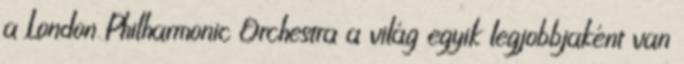
a London Philharmonic Orchestra a világ egyik legjobbjaként van